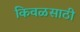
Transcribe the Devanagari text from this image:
किवळसाठी